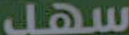
سهل